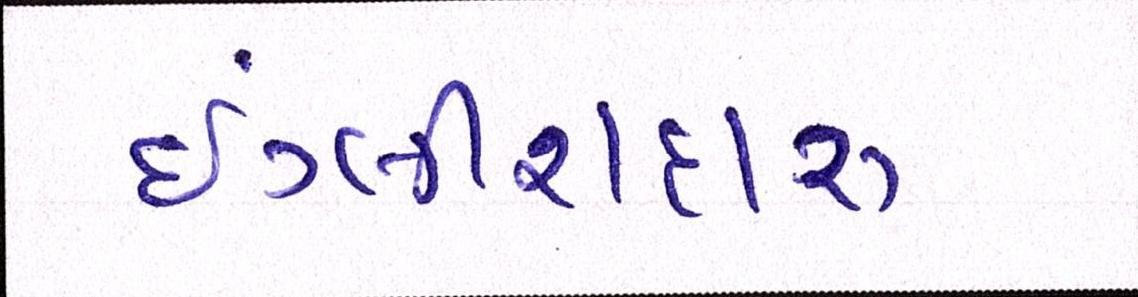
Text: ઇંગ્લીશદારૂ